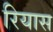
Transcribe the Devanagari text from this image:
रियास